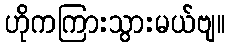
ဟိုကကြားသွားမယ်ဗျ။